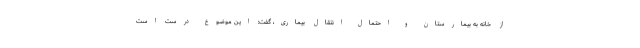
از خانه به بیمارستان و احتمال انتقال بیماری، گفت: این موضوع درست است